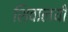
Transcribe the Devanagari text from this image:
शिवालयी